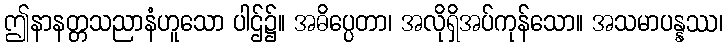
ဤနာနတ္တသညာနံဟူသော ပါဌ်၌။ အဓိပ္ပေတာ၊ အလိုရှိအပ်ကုန်သော။ အသမာပန္နဿ၊